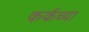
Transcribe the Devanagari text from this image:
कर्कच्या